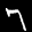
Label: 7